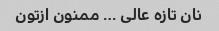
نان تازه عالی … ممنون ازتون